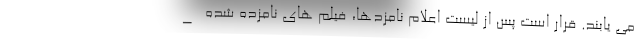
می یابند. قرار است پس از لیست اعلام نامزدها، فیلم های نامزده شده _